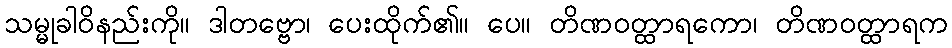
သမ္မုခါဝိနည်းကို။ ဒါတဗ္ဗော၊ ပေးထိုက်၏။ ပေ။ တိဏဝတ္ထာရကော၊ တိဏဝတ္ထာရက